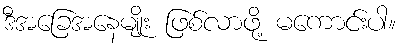
ဒီအခြေအနေမျိုး ဖြစ်လာဖို့ မကောင်းပါ။